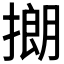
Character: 𪮡